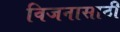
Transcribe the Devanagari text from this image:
विजनासाठी